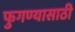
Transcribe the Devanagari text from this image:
फुगण्यासाठी